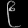
Digit: ၉